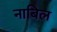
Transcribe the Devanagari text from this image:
नाबिल